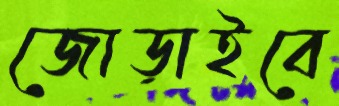
জোড়াইবে